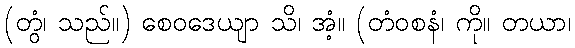
(တွံ၊ သည်။) စေဝဒေယျာ သိ၊ အံ့။ (တံဝစနံ၊ ကို။ တယာ၊